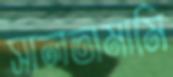
সালতামামি